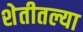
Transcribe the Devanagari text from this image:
शेतीतल्या